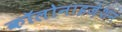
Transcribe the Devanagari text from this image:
कॉलोनाइज़ेशन